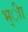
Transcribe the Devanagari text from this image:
भ्ीा